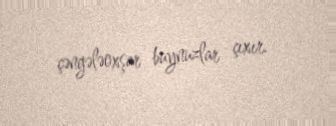
çəngələoxşar buynuzlar çıxır.